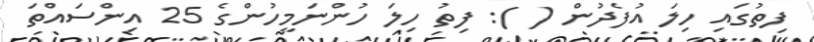
ފިތުގައި ހިލަ އުފެދުން ( ): ފިތު ހިލަ ހުންނަމީހުންގެ 25 އިންސައްތަ